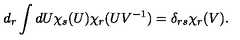
d _ { r } \int d U \chi _ { s } ( U ) \chi _ { r } ( U { V ^ { - 1 } } ) = \delta _ { r s } \chi _ { r } ( V ) .